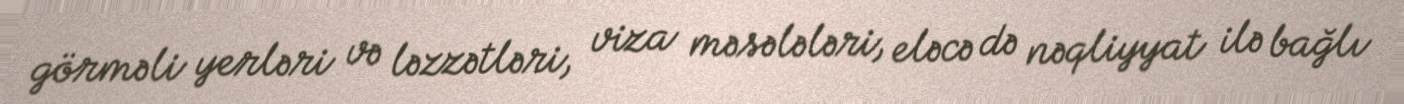
görməli yerləri və ləzzətləri, viza məsələləri, eləcə də nəqliyyat ilə bağlı